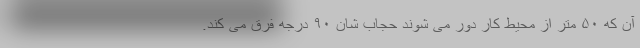
آن که ۵۰ متر از محیط کار دور می شوند حجاب شان ۹۰ درجه فرق می کند.